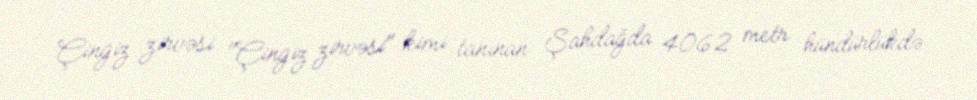
Çingiz zirvəsi "Çingiz zirvəsi" kimi tanınan Şahdağda 4062 metr hündürlükdə